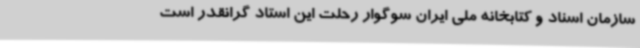
سازمان اسناد و کتابخانه ملی ایران سوگوار رحلت این استاد گرانقدر است